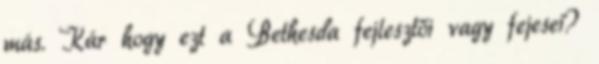
más. Kár hogy ezt a Bethesda fejlesztői vagy fejesei?